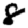
Digit: 8